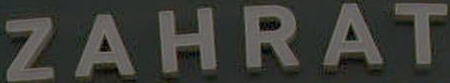
ZAHRAT